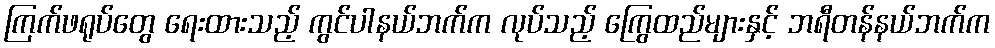
ကြက်ဖရုပ်တွေ ရေးထားသည့် ကွင်ပါနယ်ဘက်က လုပ်သည့် ကြွေထည်များနှင့် ဘရီတန်နယ်ဘက်က